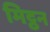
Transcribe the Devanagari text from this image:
मिट्ठन